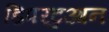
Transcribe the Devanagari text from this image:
डिपरटुआन